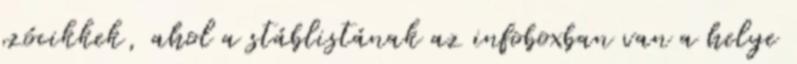
szócikkek, ahol a stáblistának az infoboxban van a helye